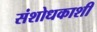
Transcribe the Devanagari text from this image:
संशोधकाशी